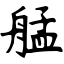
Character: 艋